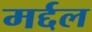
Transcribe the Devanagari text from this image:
मर्द्दल